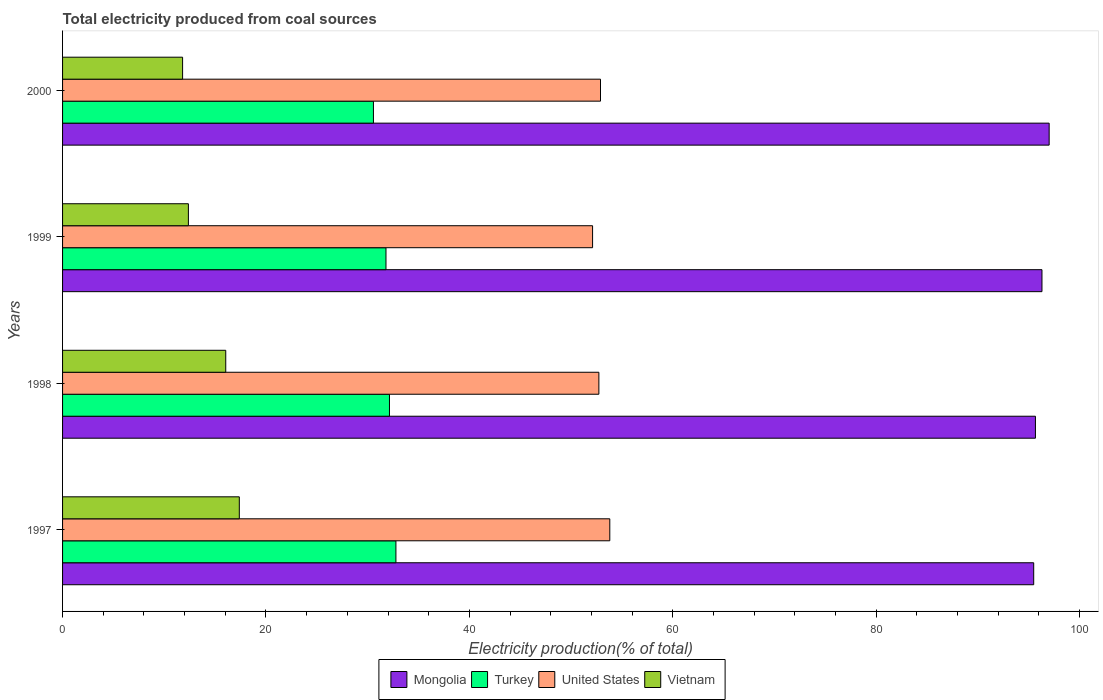
| Years | Mongolia | Turkey | United States | Vietnam |
 | --- | --- | --- | --- | --- |
 | 1997 | 95.5 | 32.8 | 53.8 | 17.4 |
 | 1998 | 95.7 | 32.1 | 52.7 | 16 |
 | 1999 | 96.3 | 31.8 | 52.1 | 12.4 |
 | 2000 | 97 | 30.6 | 52.9 | 11.8 |